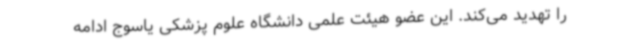
را تهدید می‌کند. این عضو هیئت علمی دانشگاه علوم پزشکی یاسوج ادامه